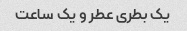
یک بطری عطر و یک ساعت